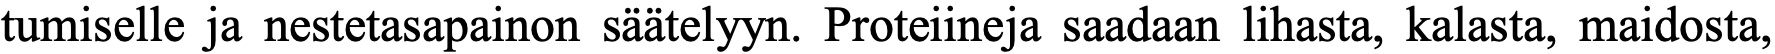
tumiselle ja nestetasapainon säätelyyn. Proteiineja saadaan lihasta, kalasta, maidosta,